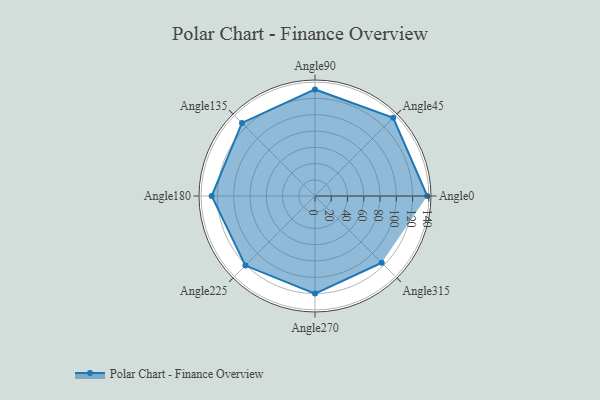
{"axis": {"x": "Angle", "y": "Radius"}, "legend": [""], "data": [{"x": "Angle0", "y": 138.0, "type": ""}, {"x": "Angle45", "y": 136.0, "type": ""}, {"x": "Angle90", "y": 131.0, "type": ""}, {"x": "Angle135", "y": 127.0, "type": ""}, {"x": "Angle180", "y": 127.0, "type": ""}, {"x": "Angle225", "y": 121.0, "type": ""}, {"x": "Angle270", "y": 120.0, "type": ""}, {"x": "Angle315", "y": 116.0, "type": ""}]}